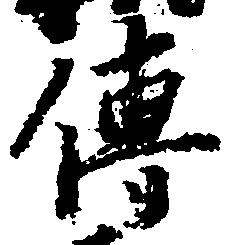
伝